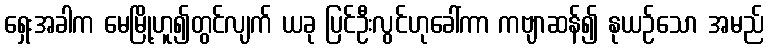
ရှေးအခါက မေမြို့ဟူ၍တွင်လျက် ယခု ပြင်ဦးလွင်ဟုခေါ်ကာ ကဗျာဆန်၍ နုယဉ်သော အမည်